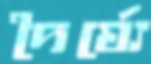
দৈর্ঘ্যে